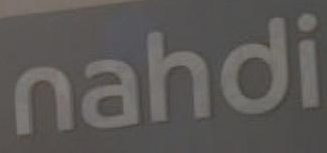
nahdi